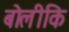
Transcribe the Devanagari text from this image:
बोलीकि